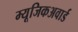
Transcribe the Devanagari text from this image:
म्यूजिकअवार्ड